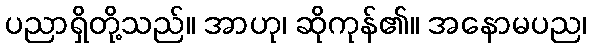
ပညာရှိတို့သည်။ အာဟု၊ ဆိုကုန်၏။ အနောမပည၊